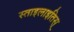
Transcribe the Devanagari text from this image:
स्ताइलाइतिस्